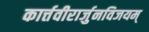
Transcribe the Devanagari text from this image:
कार्त्तवीरार्जुनविजयम्